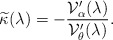
\begin{align*}\widetilde{\kappa}(\lambda)=-\frac{{\cal V}'_{\alpha}(\lambda)}{{\cal V}'_{\theta}(\lambda)}.\end{align*}